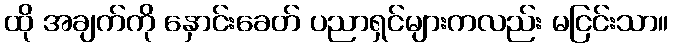
ထို အချက်ကို နှောင်းခေတ် ပညာရှင်များကလည်း မငြင်းသာ။